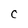
Character: C